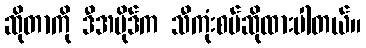
ဆိုတာကို ဒီအပိုဒ်က သီကုံးစပ်ဆိုထားပါတယ်။